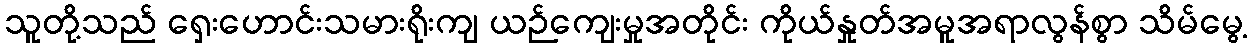
သူတို့သည် ရှေးဟောင်းသမားရိုးကျ ယဉ်ကျေးမှုအတိုင်း ကိုယ်နှုတ်အမူအရာလွန်စွာ သိမ်မွေ့